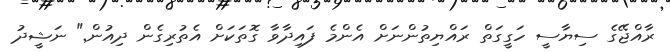
ރާއްޖޭގެ ސިޔާސީ ހަގީގަތް ރައްޔިތުންނަށް އެންމެ ފައިދާވާ ގޮތަކަށް އެތުރިގެން ދިއުން